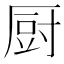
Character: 厨